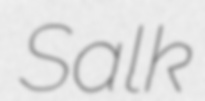
Salk